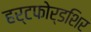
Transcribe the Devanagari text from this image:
हर्टफोर्डशिर